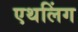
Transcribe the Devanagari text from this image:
एथलिंग